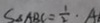
S _ { \Delta A B C } = \frac { 1 } { 2 } \cdot A